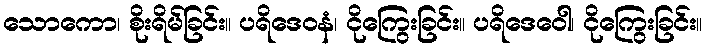
သောကော၊ စိုးရိမ်ခြင်း။ ပရိဒေဝနံ၊ ငိုကြွေးခြင်း။ ပရိဒေဝေါ၊ ငိုကြွေးခြင်း။